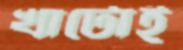
খাটোই